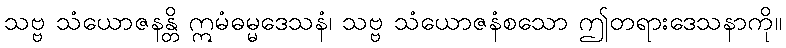
သဗ္ဗ သံယောဇနန္တိ ဣမံဓမ္မဒေသနံ၊ သဗ္ဗ သံယောဇနံစသော ဤတရားဒေသနာကို။